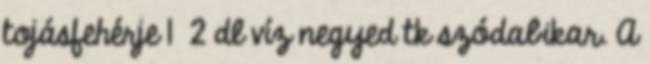
tojásfehérje 1 2 dl víz negyed tk szódabikar. A